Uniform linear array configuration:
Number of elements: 8
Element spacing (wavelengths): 0.75
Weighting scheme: exponential
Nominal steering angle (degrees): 0
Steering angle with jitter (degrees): -1.623
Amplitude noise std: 0.05
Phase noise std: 0.05

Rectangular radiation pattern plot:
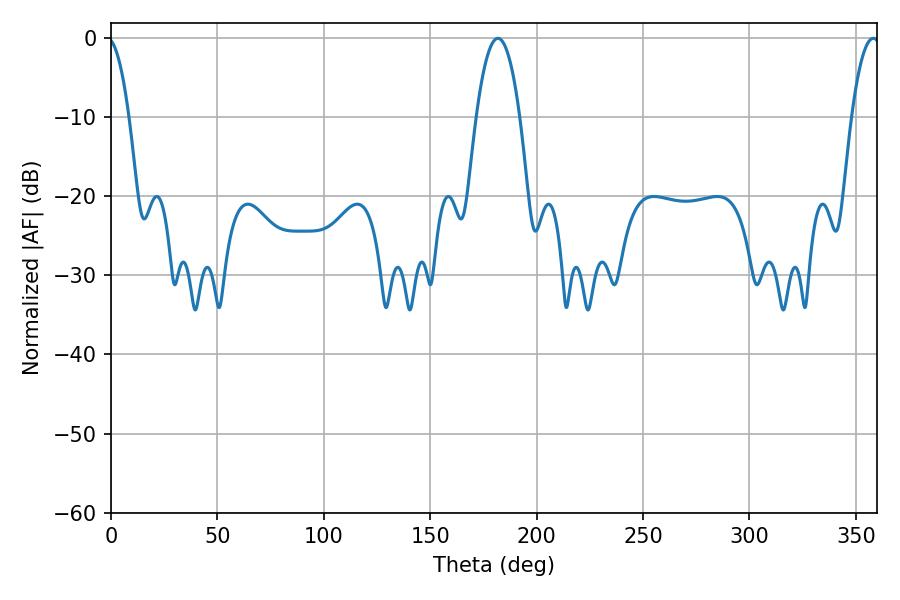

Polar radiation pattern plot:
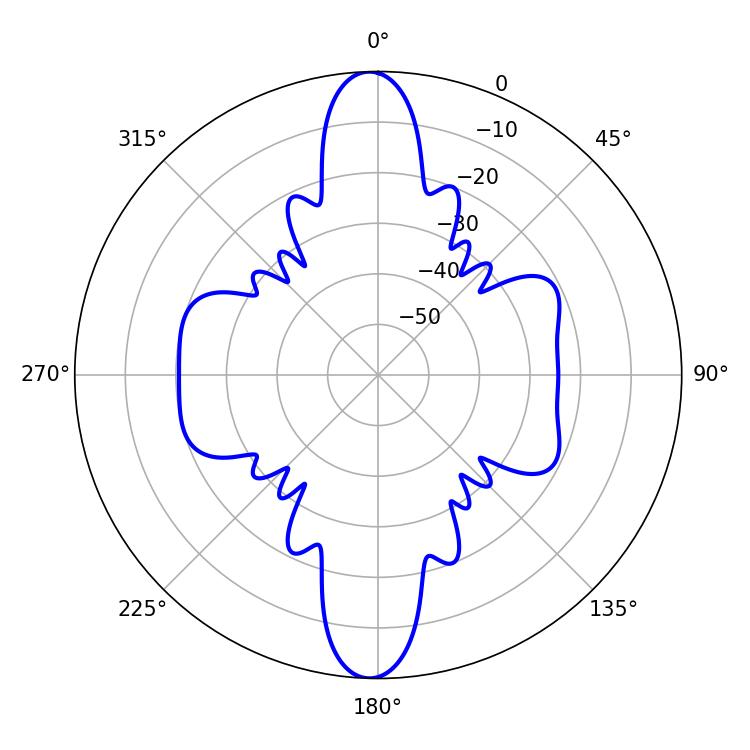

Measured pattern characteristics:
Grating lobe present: TRUE
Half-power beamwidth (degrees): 11.34
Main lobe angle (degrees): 181.8